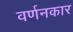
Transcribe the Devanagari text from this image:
वर्णनकार